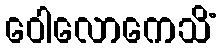
ဝေါလောကေသိံ